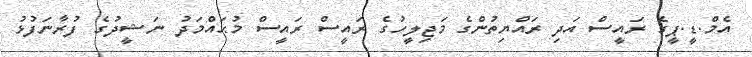
އެމް.ޑީ.ޕީގެ ރައީސް އަދި ރައްޔިތުންގެ މަޖިލީހުގެ ރައީސް ރައީސް މުޙައްމަދު ނަޝީދުގެ ފުރާނަފުޅު